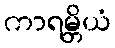
ကာရမ္ဘိယံ